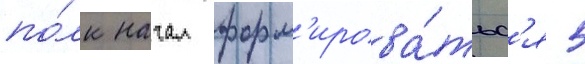
по́лк начал форм'ирова́тьс'я 5